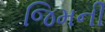
જિમની